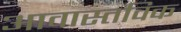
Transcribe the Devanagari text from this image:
आवास्तविक